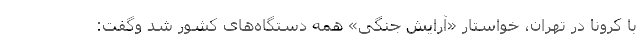
با کرونا در تهران، خواستار «آرایش جنگی» همه دستگاه‌های کشور شد وگفت: